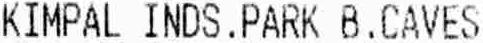
KIMPAL INDS.PARK B . CAVES